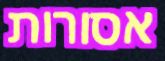
אסורות